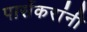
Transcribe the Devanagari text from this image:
पार्सेकरांंनी